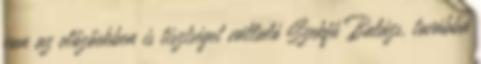
van az előzőekben is tisztséget vállaló Szekfű Balázs, továbbá